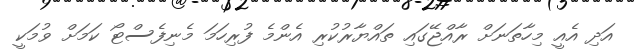
އަދި އެއީ މިހާތަނަށް ރާއްޖޭގައި ތައްޔާރުކުރި އެންމެ ފުރިހަމަ މެނިފެސްޓޯ ކަމަށް ވުމަކީ